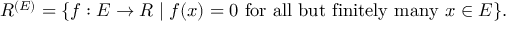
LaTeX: R ^ { ( E ) } = \{ f : E \to R \mid f ( x ) = 0 { \mathrm { ~ f o r ~ a l l ~ b u t ~ f i n i t e l y ~ m a n y ~ } } x \in E \} .